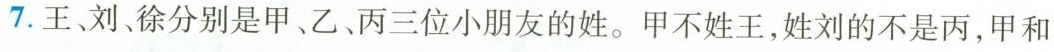
7.王刘徐分别是甲、乙、丙三位小朋友的姓。甲不姓王，姓刘的不是丙，甲和